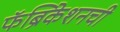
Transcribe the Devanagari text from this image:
फॅब्रिकेशनची